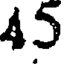
45